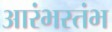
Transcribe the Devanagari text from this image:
आरंभस्तंभ